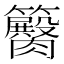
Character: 𥷽